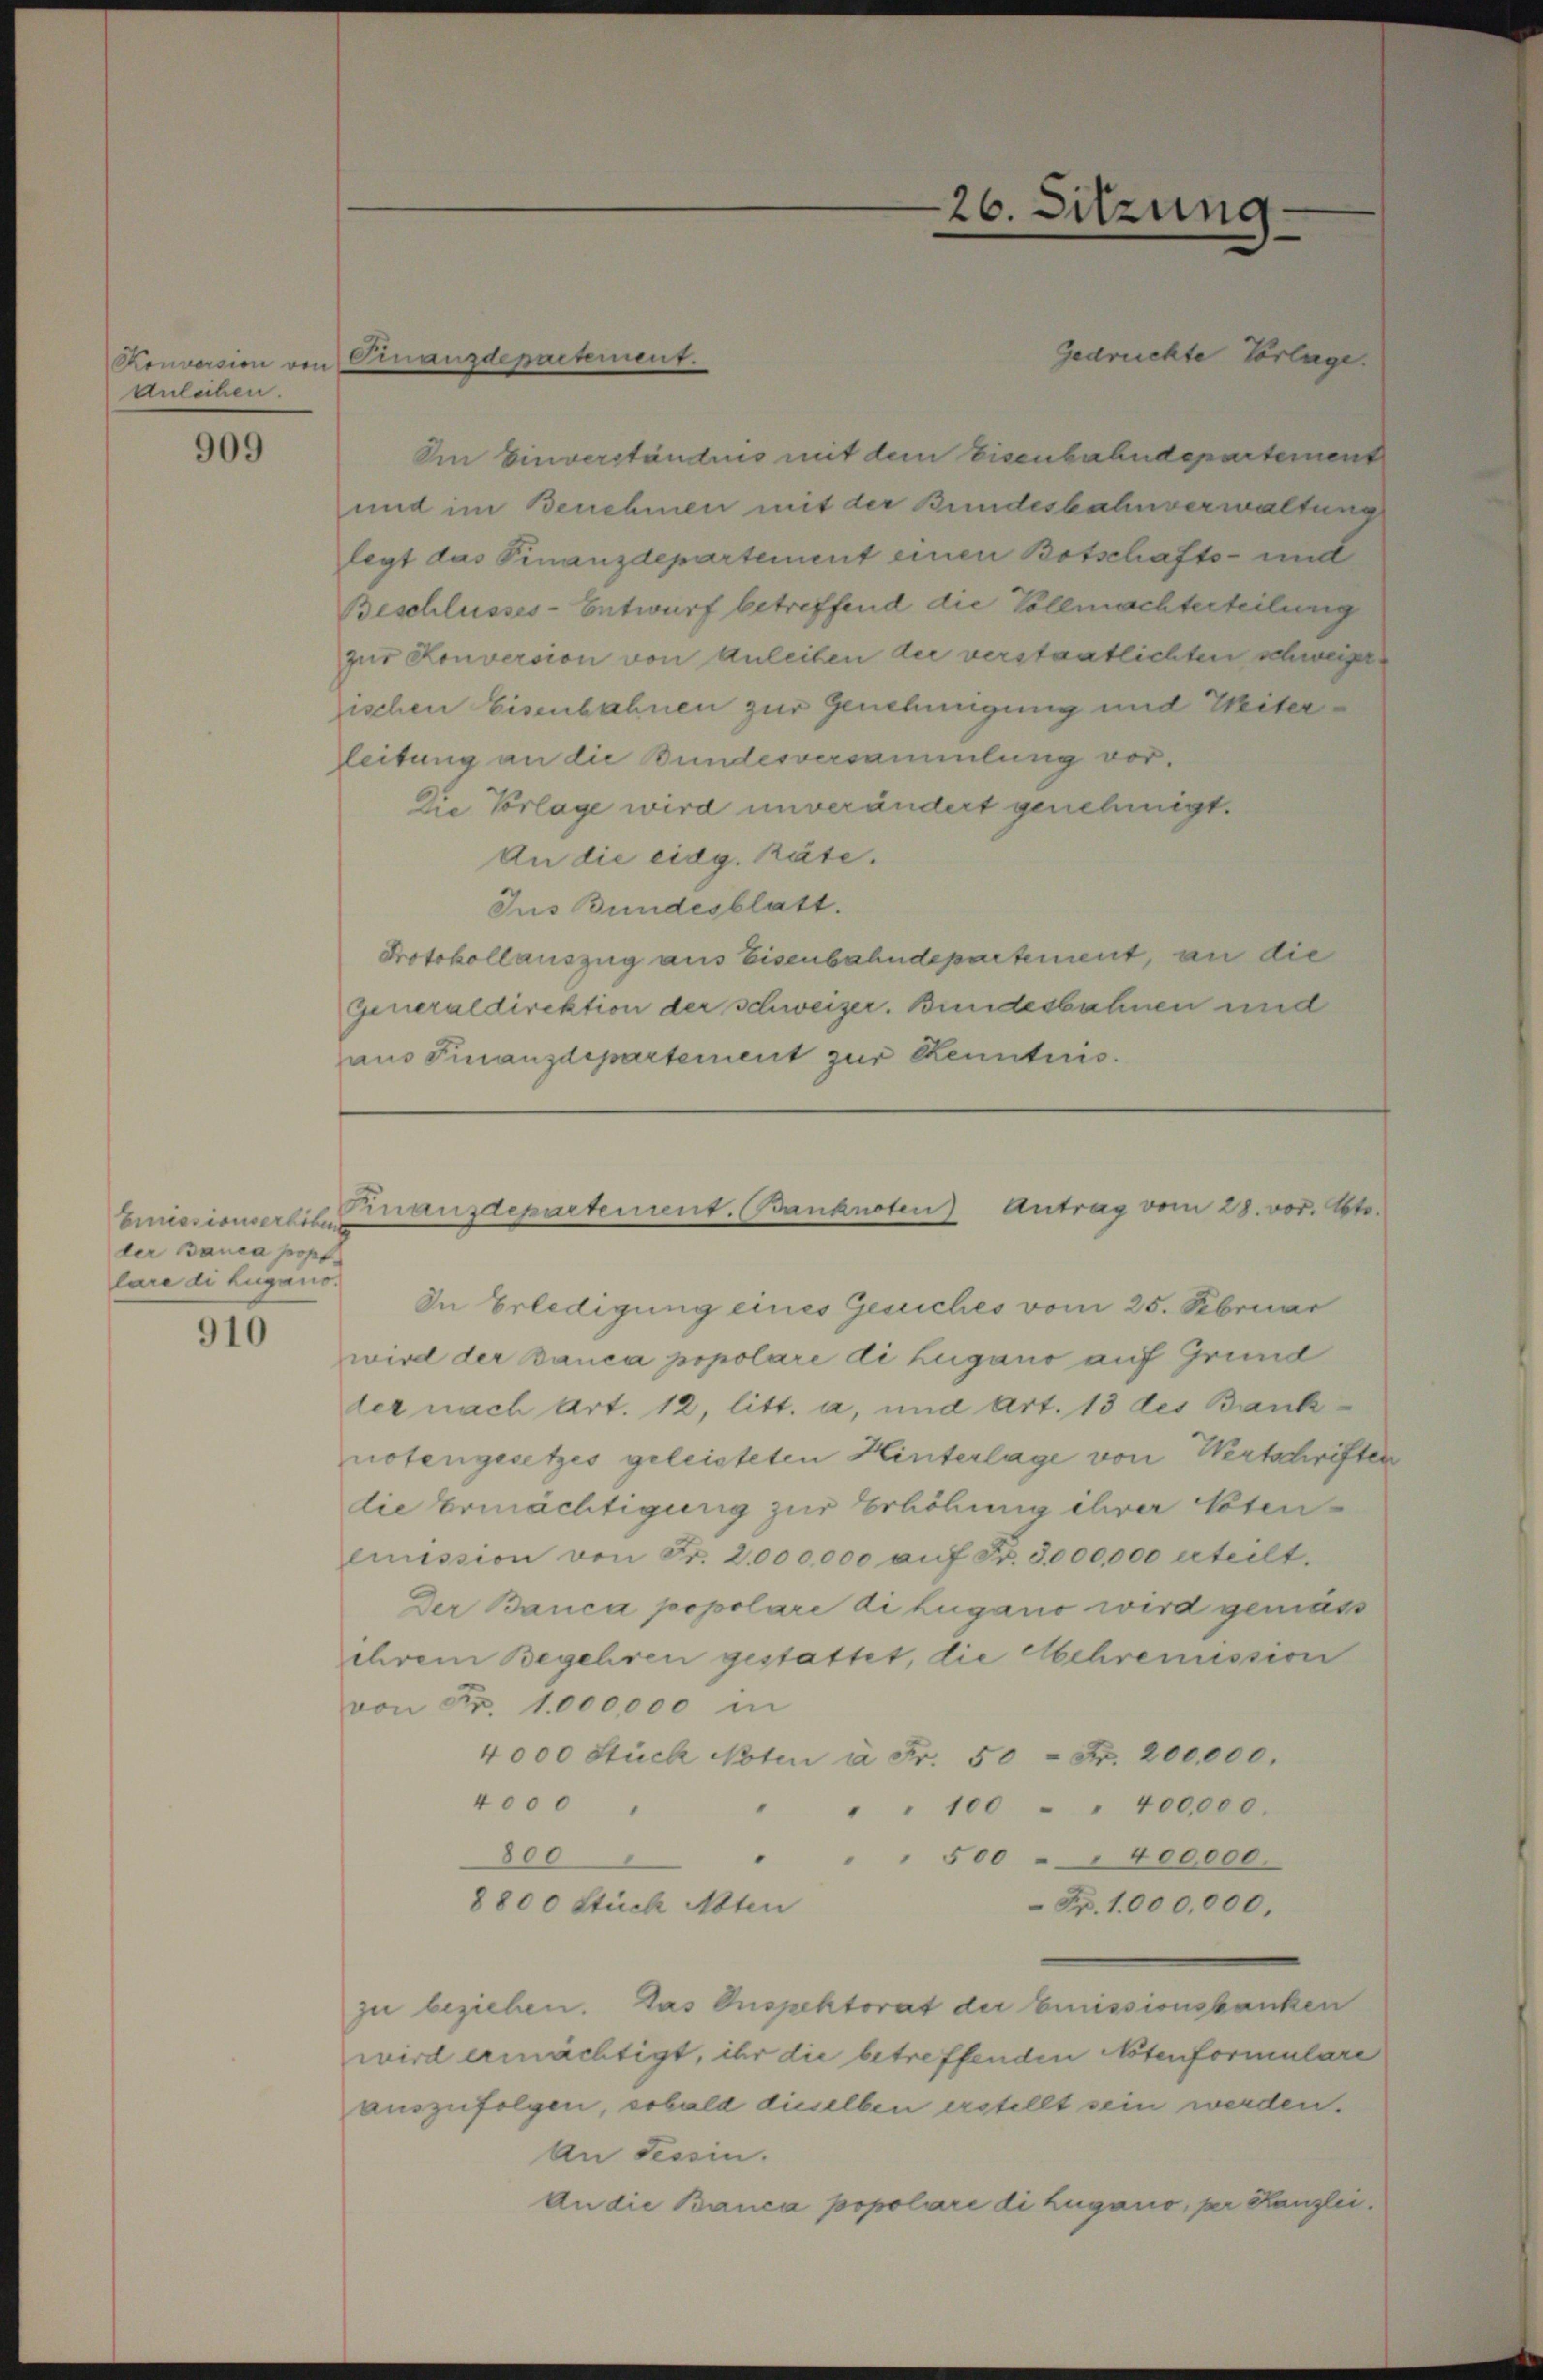
Konvasion von
Anleihen.

909

Emissionserhöhen
der Banca popf
lare di Lugano.

910

Gedruckte Vorlage.
den Einverständnis mit dem Eisenbahndepartement
und im Benehmen mit der Bundesbahnverwaltung
legt das Finanzdepartement einen Botschafts- und
Beschlusses-Entwurf betreffend die Vollmachterteilung
zur Konversion von Anleiten die verstaatlichten schweizerischen Eisenbahnen zur Genehmigung und Miter
Zleitung an die Bundesversammlung vor.
Die Vorlage wird unverändert genehmigt.
An die eidg. käte.
Jus Bundesblatt.
Protokollauszug aus Eisenbahndepartement, an die
Generaldirektion der schweizer. Bundesbahnen und
aus Finanzdepartement zur Kenntnis.

Cinanzdepartement.

26. Sitzung

Finanzdepartement. Banknoten Antrag vom 28. vor. Mts.

In Erledigung eines Gesuches vom 25. Februar
wird der Banca popolare di Lugano auf Grund
ler nach Art. 12, litt. a, und Art. 13 des Bank
notengesetzes geleisteten Hinterlage von Wertschriften
die Ermächtigung zur Erhöhung ihrer Eisenemission von Fr. 2,000,000 aŭf Fr. 3000,000 erteilt.
Der Banca popolare di Lugano wird gemäss
ihrem Begehren gestattet, die Aschremission
von Fr. 1000,000 in
4000 Stück Noten à Fr. 50 Fr. 200,000.
4000
100 " 400,000.
800
500 " " 400000.
8800 Stück Abten
 Fr. 1,000,000,
zu beziehen. Das Inspektorat der Emissionsbanken
wird ermächtigt, ihr die betreffenden Notenformulare
auszufolgen, sobald dieselben erstellt sein werden.
An Tessin.
An die Banca popolari di Lugano, per Kanzlei.